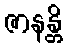
ဇာနန္တိ